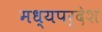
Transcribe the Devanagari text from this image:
मध्यपर्देश